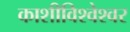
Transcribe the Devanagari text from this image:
काशीविश्‍वेश्‍वर